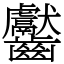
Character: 齾